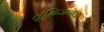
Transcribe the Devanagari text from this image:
वृद्धिजनक